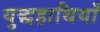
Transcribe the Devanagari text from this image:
युद्धहाथियाँ